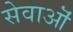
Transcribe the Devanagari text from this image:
सेवाऒं